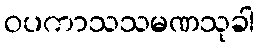
ဝပကာသသမဏသုခါ